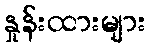
နှုန်းထားများ